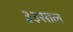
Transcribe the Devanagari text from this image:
३३साल